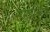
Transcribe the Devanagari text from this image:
समवीजाणु